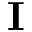
{ \bf \cal I }